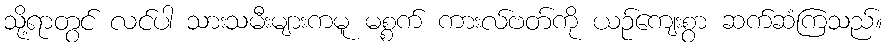
သို့ရာတွင် လင်ပါ သားသမီးများကမူ မစ္စက် ကားလ်ဗတ်ကို ယဉ်ကျေးစွာ ဆက်ဆံကြသည်။